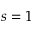
s = 1